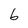
Character: b